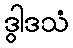
ဒွါဒသံ